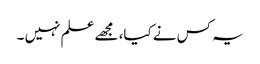
یہ کس نے کیا، مجھے علم نہیں ۔